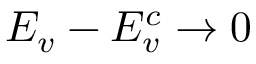
E _ { v } - E _ { v } ^ { c } \to 0